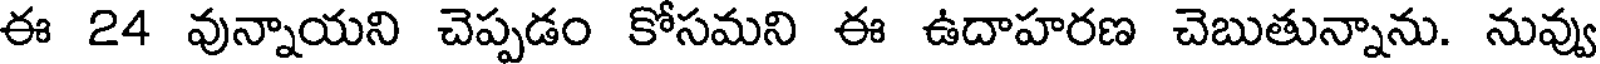
ఈ 24 వున్నాయని చెప్పడం కోసమని ఈ ఉదాహరణ చెబుతున్నాను. నువ్వు